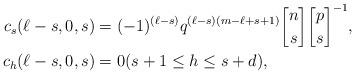
LaTeX: \begin{align*}c_{s}(\ell-s,0,s)&=(-1)^{(\ell-s)}q^{(\ell-s)(m-\ell+s+1)}{n \brack s}{p \brack s}^{-1},\\c_{h}(\ell-s,0,s)&=0(s+1\leq h\leq s+d),\end{align*}